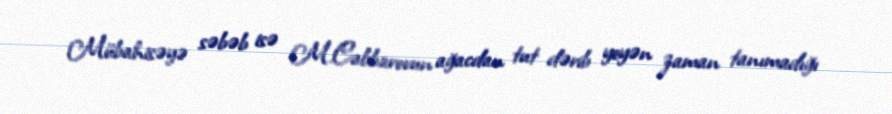
Mübahisəyə səbəb isə M.Cabbarovun ağacdan tut dərib yeyən zaman tanımadığı